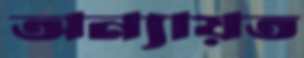
অন্যায়ত